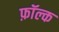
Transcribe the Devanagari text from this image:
फ़ॉल्क